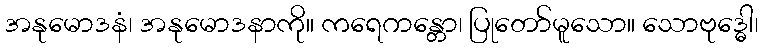
အနုမောဒနံ၊ အနုမောဒနာကို။ ကရေဂာန္တော၊ ပြုတော်မူသော။ သောဗုဒ္ဓေါ၊